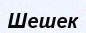
Шешек